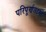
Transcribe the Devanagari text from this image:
परिपूर्णताओं